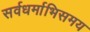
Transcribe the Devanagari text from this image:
सर्वधर्माभिसमय